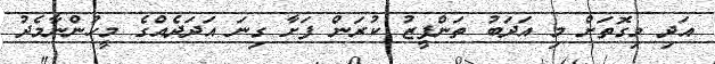
އަދި މިގޮތަށް މި އަދަބު ތަންފީޒު ކުރަން ފަށާ ގިނަ އަދަދެއްގެ މީހުންނާމެދު